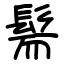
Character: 髵